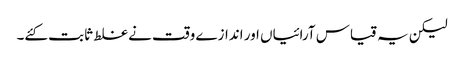
لیکن یہ قیاس آرائیاں اور اندازے وقت نے غلط ثابت کئے۔